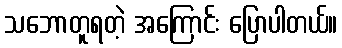
သဘောတူရတဲ့ အကြောင်း ပြောပါတယ်။